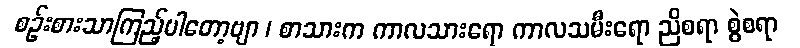
စဉ်းစားသာကြည့်ပါတော့ဗျာ ၊ စာသားက ကာလသားရော ကာလသမီးရော ညိစရာ စွဲစရာ